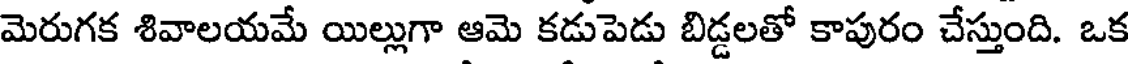
మెరుగక శివాలయమే యిల్లుగా ఆమె కడుపెడు బిడ్డలతో కాపురం చేస్తుంది. ఒక